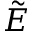
\tilde { E }